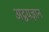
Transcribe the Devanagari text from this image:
अद्वयज्ञान